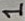
Text: 1